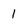
Character: 1